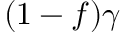
( 1 - f ) \gamma